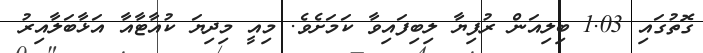
ގޮތުގައި 1.03 ބިލިއަން ރުފިޔާ ލިބިފައިވާ ކަމަށެވެ. މިއީ މިދިޔަ ކުއާޓާއާ އަޅާބަލާއިރު